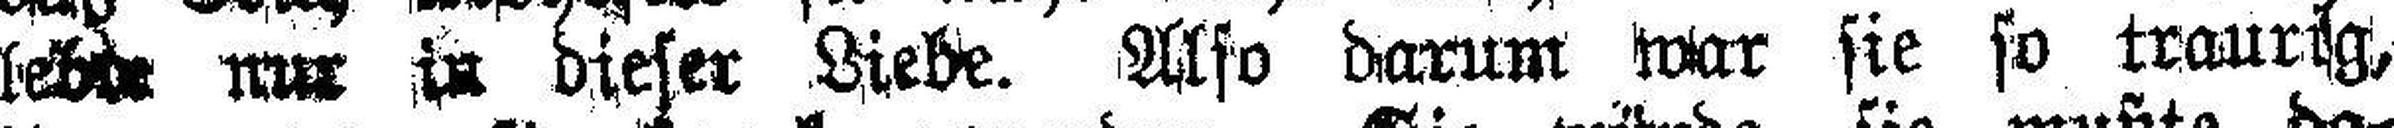
lebte nur in dieser Liebe. Also darum war sie so traurig,